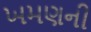
ખમણની